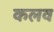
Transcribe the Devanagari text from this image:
कलव